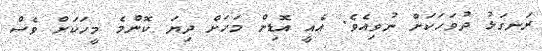
ރަނގަޅު ދުވަހަކަށް ނުވިއެވެ. އެއީ އޮޑިން މަހަށް ދިޔަ ކޮންމެ މީހަކަށް ވެސް